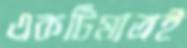
একটিমাত্রই